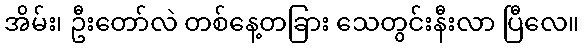
အိမ်း၊ ဦးတော်လဲ တစ်နေ့တခြား သေတွင်းနီးလာ ပြီလေ။